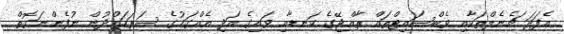
އެފަދަ ޗެނެލްތަކާއި ވެބްސައިޓްތައް ރާއްޖޭގެ ކަނޑާއި ވައިގެ އަދި އެއްގަމުގެ ސަރަހައްދުން ނުފެންނަގޮތް